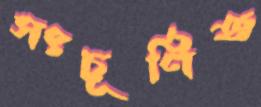
সংচূর্ণিত